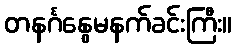
တနင်္ဂနွေမနက်ခင်းကြီး။